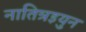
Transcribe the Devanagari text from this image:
नातिन्रइयुन